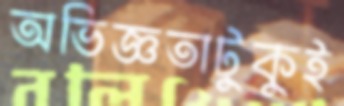
অভিজ্ঞতাটুকুই